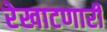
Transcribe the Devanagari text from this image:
रेखाटणारी